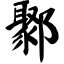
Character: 鄹